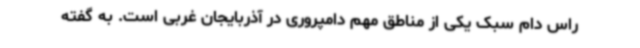
راس دام سبک یکی از مناطق مهم دامپروری در آذربایجان غربی است. به گفته